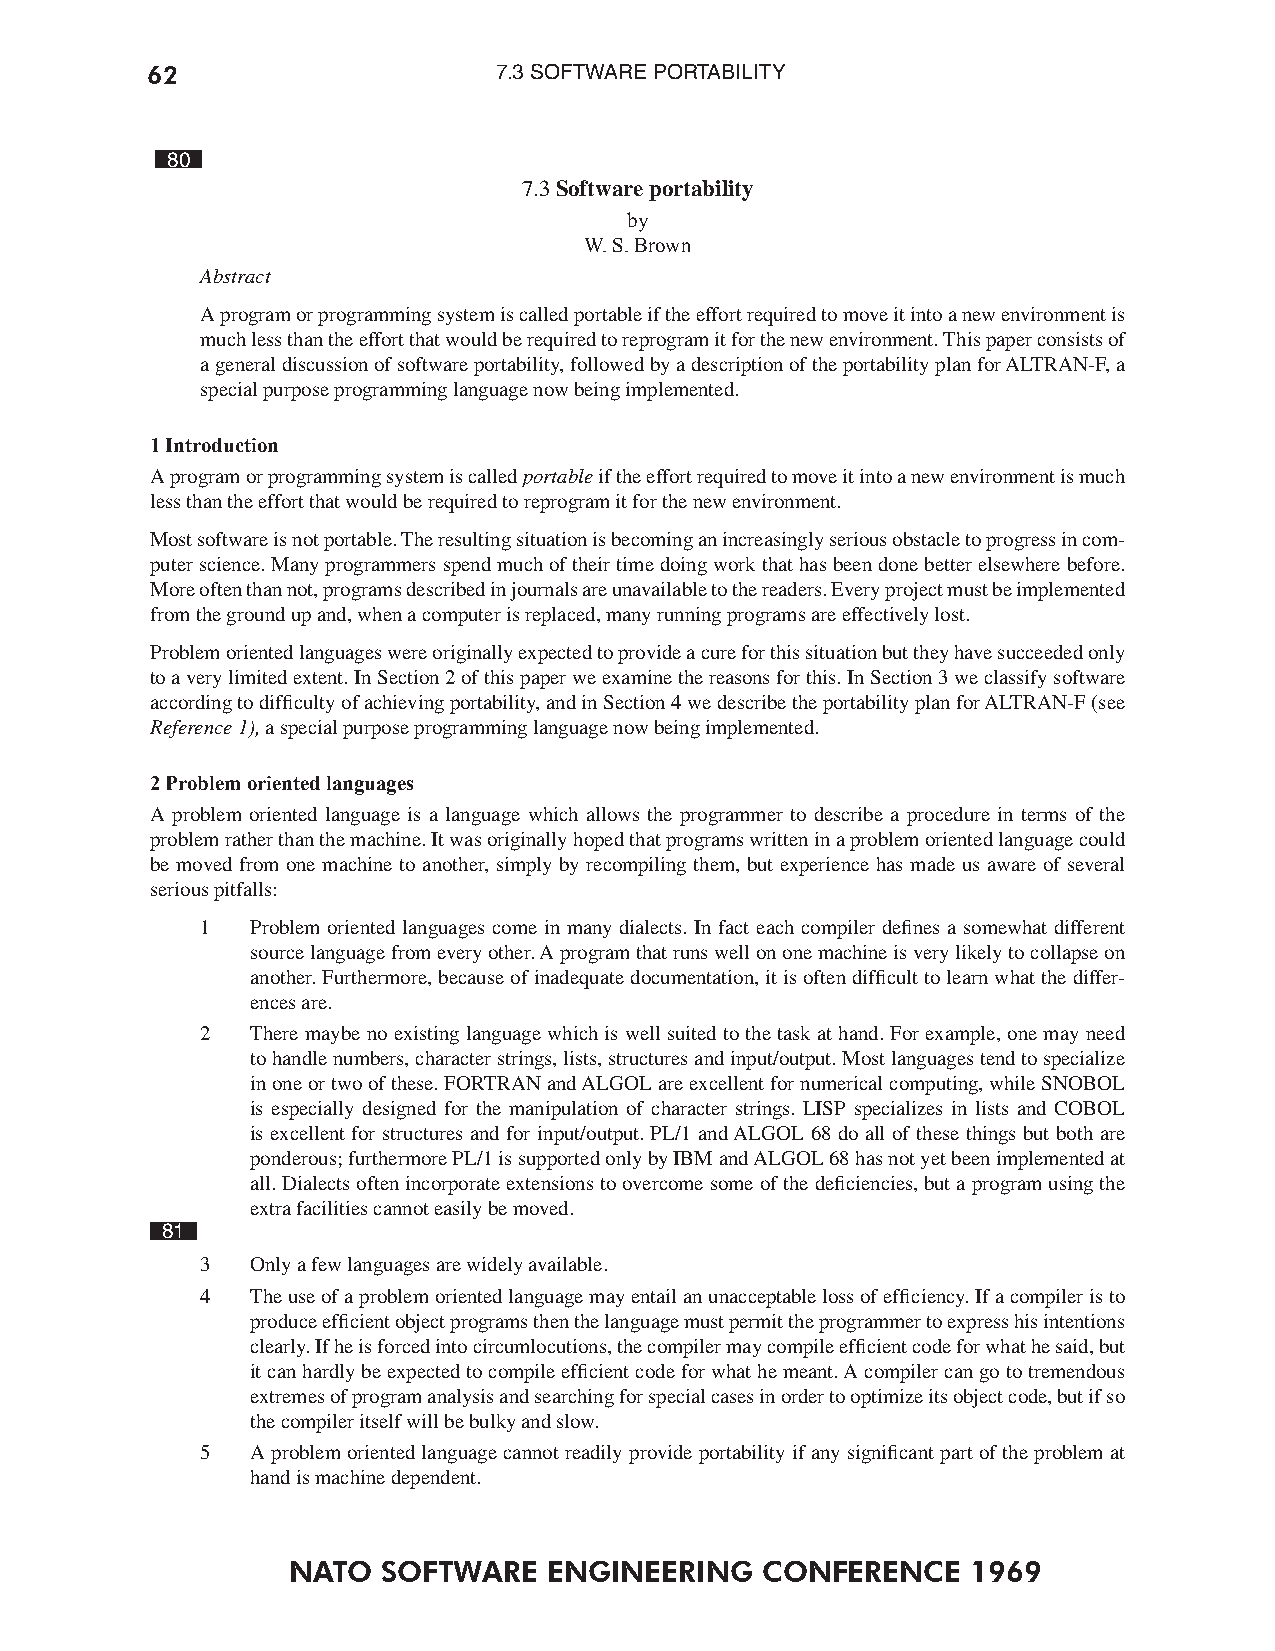
62                     7.3 SOFTWARE PORTABILITY
 80
 7.3 Software portability
 by
 W. S. Brown
 Abstract
 A program or programming system is called portable if the effort required to move it into a new environment is
 much less than the effort that would be required to reprogram it for the new environment. This paper consists of
 a general discussion of software portability, followed by a description of the portability plan for ALTRAN-F, a
 special purpose programming language now being implemented.
 1 Introduction
 A program or programming system is called portable if the effort required to move it into a new environment is much
 less than the effort that would be required to reprogram it for the new environment.
 Most software is not portable. The resulting situation is becoming an increasingly serious obstacle to progress in com-
 puter science. Many programmers spend much of their time doing work that has been done better elsewhere before.
 More often than not, programs described in journals are unavailable to the readers. Every project must be implemented
 from the ground up and, when a computer is replaced, many running programs are effectively lost.
 Problem oriented languages were originally expected to provide a cure for this situation but they have succeeded only
 to a very limited extent. In Section 2 of this paper we examine the reasons for this. In Section 3 we classify software
 according to difficulty of achieving portability, and in Section 4 we describe the portability plan for ALTRAN-F (see
 Reference 1), a special purpose programming language now being implemented.
 2 Problem oriented languages
 A problem oriented language is a language which allows the programmer to describe a procedure in terms of the
 problem rather than the machine. It was originally hoped that programs written in a problem oriented language could
 be moved from one machine to another, simply by recompiling them, but experience has made us aware of several
 serious pitfalls:
 1   Problem oriented languages come in many dialects. In fact each compiler defines a somewhat different
 source language from every other. A program that runs well on one machine is very likely to collapse on
 another. Furthermore, because of inadequate documentation, it is often difficult to learn what the differ-
 ences are.
 2   There maybe no existing language which is well suited to the task at hand. For example, one may need
 to handle numbers, character strings, lists, structures and input/output. Most languages tend to specialize
 in one or two of these. FORTRAN and ALGOL are excellent for numerical computing, while SNOBOL
 is especially designed for the manipulation of character strings. LISP specializes in lists and COBOL
 is excellent for structures and for input/output. PL/1 and ALGOL 68 do all of these things but both are
 ponderous; furthermore PL/1 is supported only by IBM and ALGOL 68 has not yet been implemented at
 all. Dialects often incorporate extensions to overcome some of the deficiencies, but a program using the
 extra facilities cannot easily be moved.
 81
 3   Only a few languages are widely available.
 4   The use of a problem oriented language may entail an unacceptable loss of efficiency. If a compiler is to
 produce efficient object programs then the language must permit the programmer to express his intentions
 clearly. If he is forced into circumlocutions, the compiler may compile efficient code for what he said, but
 it can hardly be expected to compile efficient code for what he meant. A compiler can go to tremendous
 extremes of program analysis and searching for special cases in order to optimize its object code, but if so
 the compiler itself will be bulky and slow.
 5   A problem oriented language cannot readily provide portability if any significant part of the problem at
 hand is machine dependent.
 NATO  SOFTWARE   ENGINEERING   CONFERENCE    1969